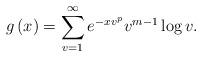
LaTeX: \begin{align*}g\left( x \right) = \sum\limits_{v = 1}^\infty {{e^{ - x{v^p}}}{v^{m - 1}}} \log v. \end{align*}